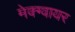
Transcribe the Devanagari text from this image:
मेक्ग्वायर